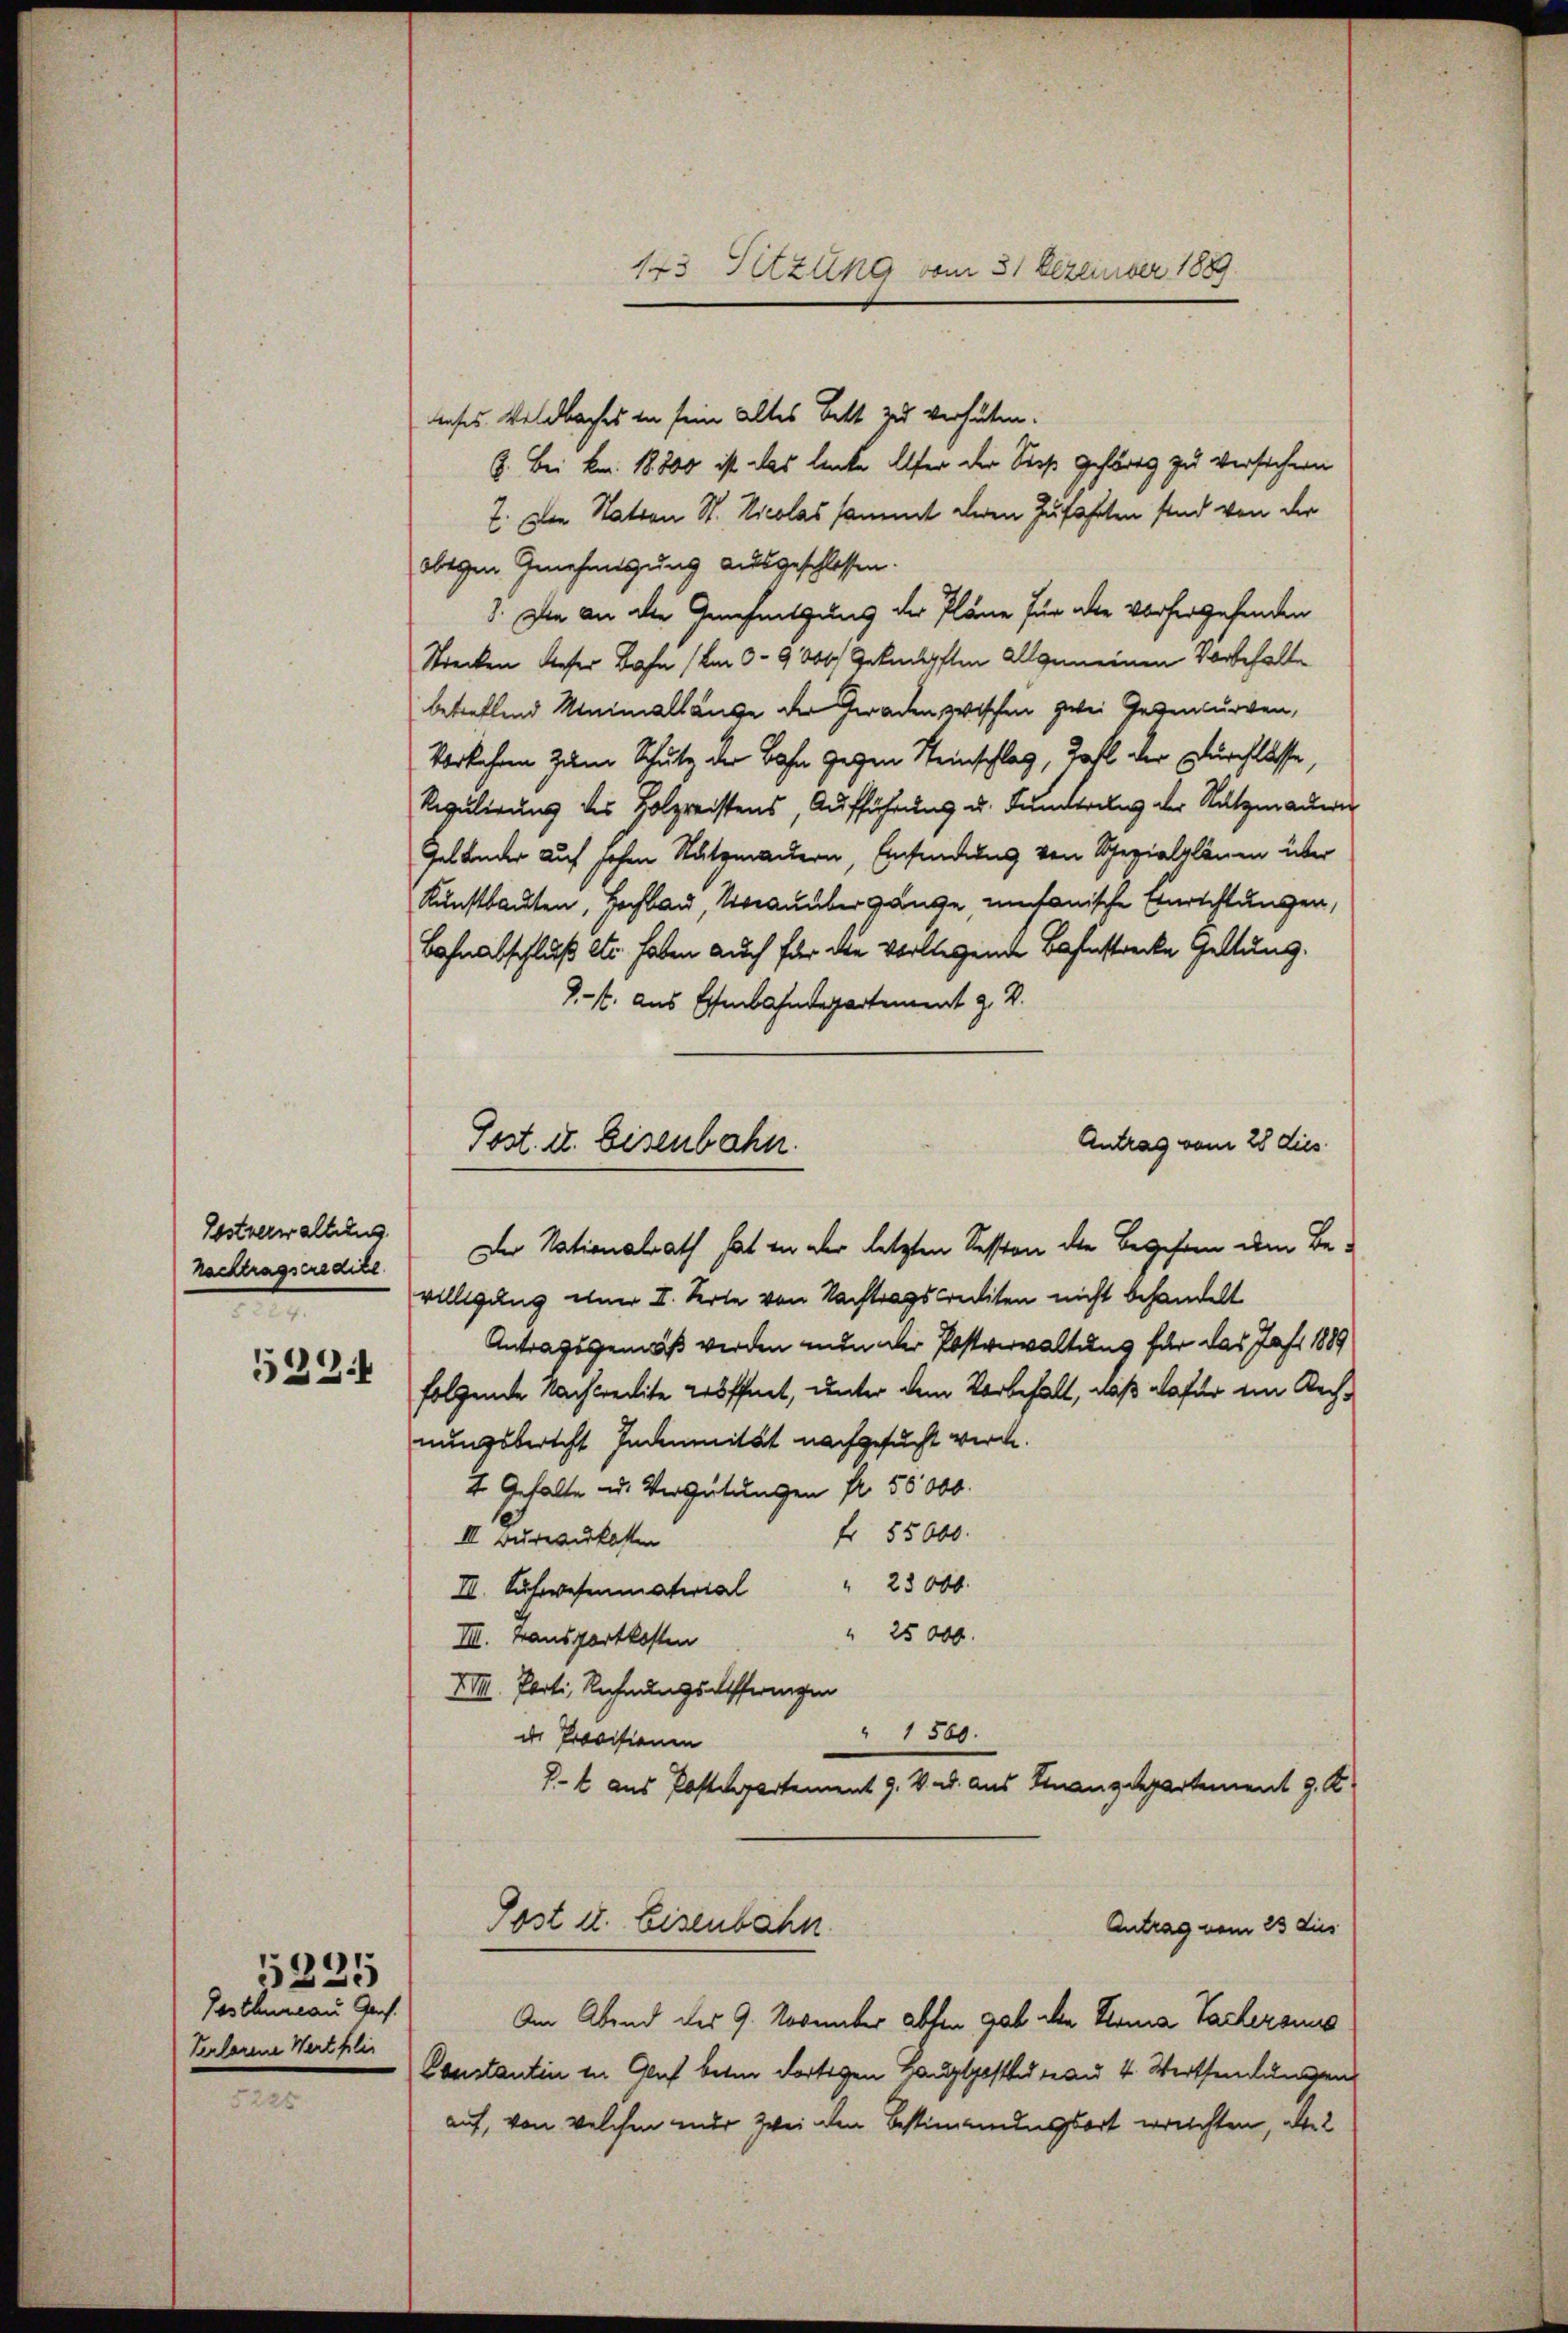
Gostverwaltung
rachtragseredite.
e
532.

Gosthureau Ges.
Verlorene Wert flie
5225

5225

dieses Wildbaches in sein altes Bett zu verhüten.
8. Bei kn. 18800 ist das lenkte Alter der Sieh gehörig zu versichern
7. Der Station St. Nicolas sammt deren Zufahrten sind von der
obegen Genehmigung ausgeschlossen.
3. Die an die Genehmigung der Pläne für alle vorhergehenden
Strecken dieser Bahn (Um 3- 9000 Geknüpften allgemeinen Vorbehalte
betreffend Minimallänge der Geraden wischen zwei Gegenturren,
Verkehren zum Schutz der Bahn gegen Steinschlag, Zahl der Durchlasse,
Regulirung des Holzreistens, Aufführung u. Funderung der Natzmauern
Gelander auf hohen Stutzmauern, Einsendung von Spezialplänen über
Kunstbauten, Hochbau, Kauübergange, umfanische Einrichtungen,
Bahnabschluß etc. haben auch für die vorliegende Bahnstrecke Geltung.
7.- 4. aus Essenbahndepartement z. B.
Antrag vom 28 dies
Der Nationalrath hat in der letzten Session die Begehen dem Be-
willigung einer I. Seite von Nachtragsreliten nicht behandelt
Antragsgemäß werden nun der Postverwaltung für das Jahr 1889
folgende Nachkredite eröffnet, unter dem Vorbehalt, daß dafür ein Rechnungsbericht Indemnität nachgesucht werde.
2 Gehalte u. Vergütungen fr. 50000.
fr 55000.
III. Bureaukosten
III. Sehenmaterial                    "      2 000
" 25000.
III. Hausportkosten
XVIII. Parti, Rechnungsdifferingen
" 1500.
de Provisionen
V t aus Postdepartement 9. V. u. aus Finanzdepartement J. K.
Post u. Eisenbahn
Antrag vom 23 dies
Am Abend des 9. November abten gab die Stria Sacherans
Constantin in Gluch betr dortigen Hauptpost man 4. Wertsendungen
auf, von welchen nur zwei den Bestimmungsort errechten, die

Post. d. Eisenbahn.

143. Sitzung vom 31 Dezember 1889